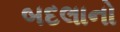
બદલાનો